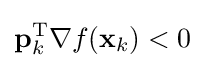
\mathbf {p} _{k}^{\mathrm {T} }\nabla f(\mathbf {x} _{k})<0